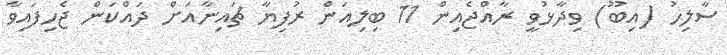
ސާލިހު (އިބޫ) ވިދާޅުވީ ރާއްޖެއިން 11 ބިލިއަން ރުފިޔާ ޗައިނާއަށް ދައްކަން ޖެހިފައިވާ